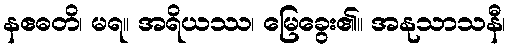
နဧဓတိ၊ မရ။ အရိယဿ၊ မြေခွေး၏။ အနုသာသနီ၊